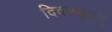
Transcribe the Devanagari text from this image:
दिवसकृतम्‌